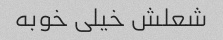
شعلش خیلی خوبه